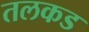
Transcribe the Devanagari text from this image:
तलकड